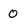
Character: 0